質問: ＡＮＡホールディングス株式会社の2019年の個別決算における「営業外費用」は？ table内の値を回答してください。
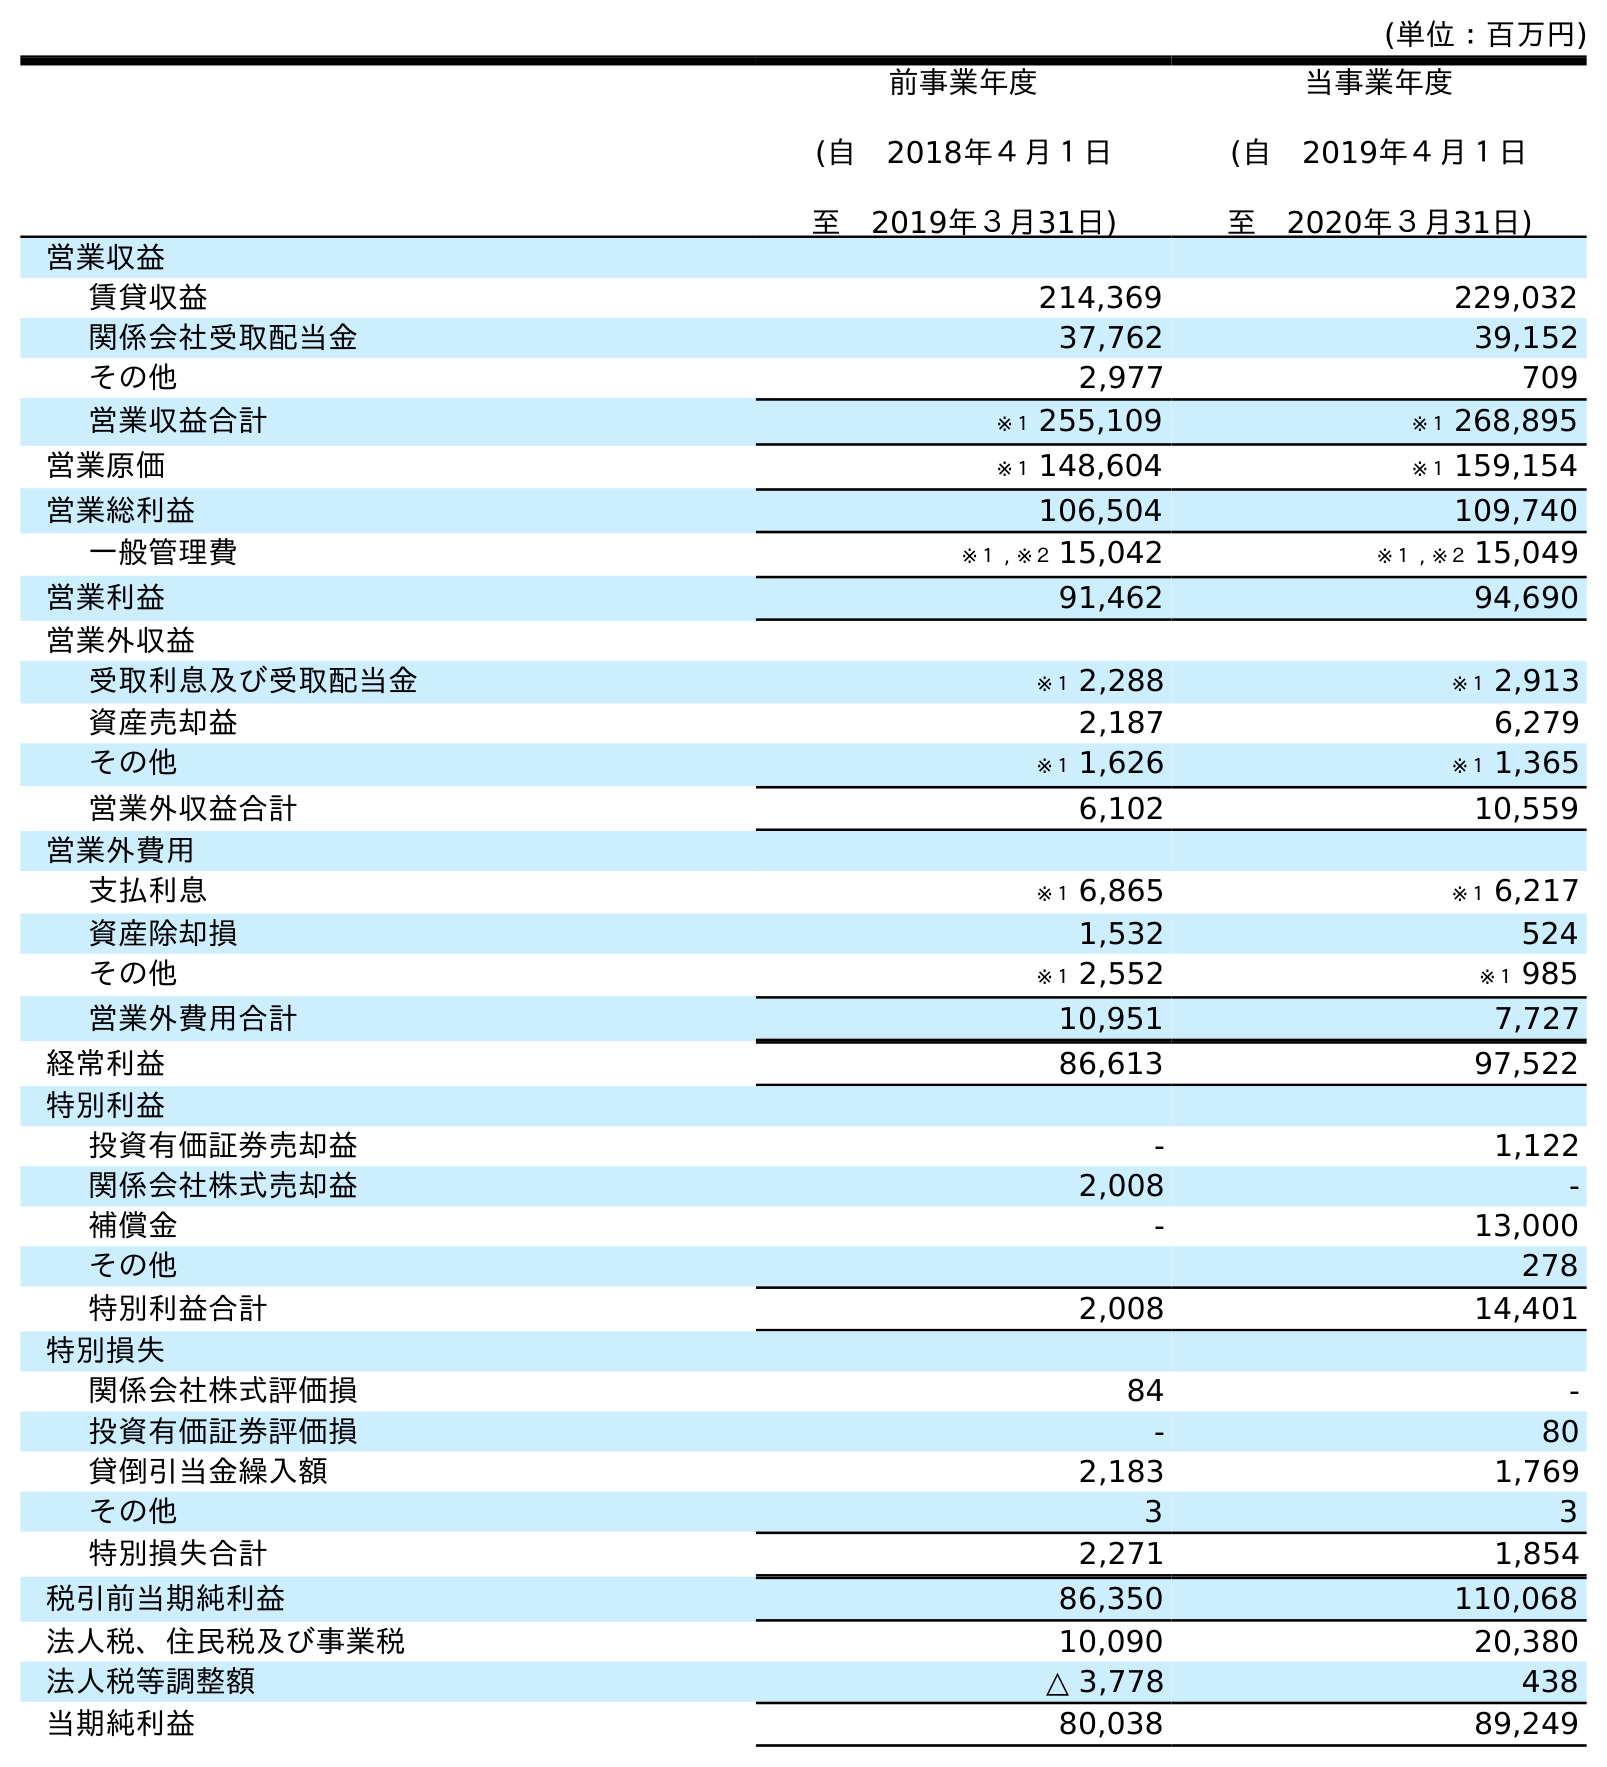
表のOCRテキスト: (単位：百万円) 前事業年度 (自 2018年４月１日 至 2019年３月31日) 当事業年度 (自 2019年４月１日 至 2020年３月31日) 営業収益 賃貸収益 214,369 229,032 関係会社受取配当金 37,762 39,152 その他 2,977 709 営業収益合計 ※１ 255,109 ※１ 268,895 営業原価 ※１ 148,604 ※１ 159,154 営業総利益 106,504 109,740 一般管理費 ※１ , ※２ 15,042 ※１ , ※２ 15,049 営業利益 91,462 94,690 営業外収益 受取利息及び受取配当金 ※１ 2,288 ※１ 2,913 資産売却益 2,187 6,279 その他 ※１ 1,626 ※１ 1,365 営業外収益合計 6,102 10,559 営業外費用 支払利息 ※１ 6,865 ※１ 6,217 資産除却損 1,532 524 その他 ※１ 2,552 ※１ 985 営業外費用合計 10,951 7,727 経常利益 86,613 97,522 特別利益 投資有価証券売却益 - 1,122 関係会社株式売却益 2,008 - 補償金 - 13,000 その他 278 特別利益合計 2,008 14,401 特別損失 関係会社株式評価損 84 - 投資有価証券評価損 - 80 貸倒引当金繰入額 2,183 1,769 その他 3 3 特別損失合計 2,271 1,854 税引前当期純利益 86,350 110,068 法人税、住民税及び事業税 10,090 20,380 法人税等調整額 △ 3,778 438 当期純利益 80,038 89,249
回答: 10,951